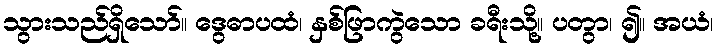
သွားသည်ရှိသော်။ ဒွေဓာပထံ၊ နှစ်ဖြာကွဲသော ခရီးသို့။ ပတွာ၊ ၍။ အယံ၊